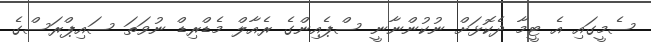
ސެމީގައި އެ ޓީމާ ދެކޮޅަށް ނުކުންނާނީ ސްޕެއިންގެ ރެއާލް މެޑްރިޑް ނުވަތަ ސައިޕްރަސްގެ